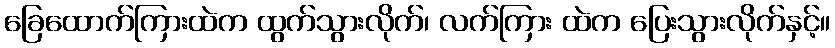
ခြေထောက်ကြားထဲက ထွက်သွားလိုက်၊ လက်ကြား ထဲက ပြေးသွားလိုက်နှင့်။